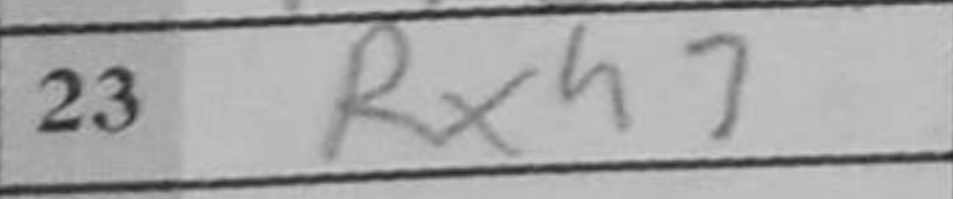
Transcription: Rxh7